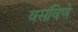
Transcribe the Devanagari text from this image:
वसविणे